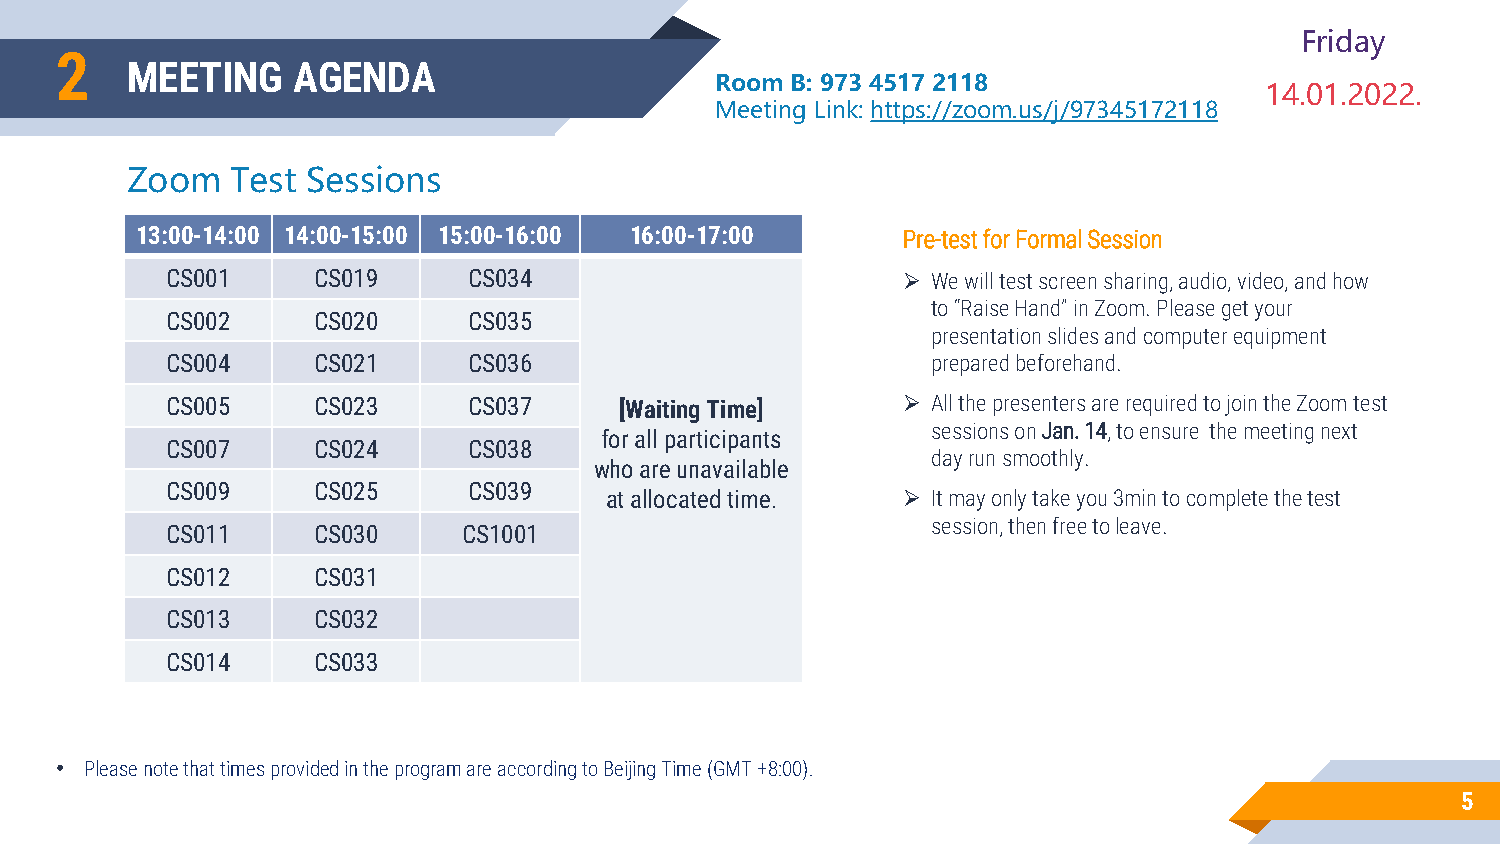
Friday
 2
 MEETING    AGENDA
 Room B: 973 4517 2118
 14.01.2022.
 Meeting Link: https://zoom.us/j/97345172118
 Zoom   Test Sessions
 13:00-14:00 14:00-15:00 15:00-16:00 16:00-17:00    Pre-test for Formal Session
 CS001     CS019     CS034                        ➢ We will test screen sharing, audio, video, and how
 to “Raise Hand” in Zoom. Please get your
 CS002     CS020     CS035
 presentation slides and computer equipment
 CS004     CS021     CS036                          prepared beforehand.
 CS005     CS023     CS037     [Waiting Time]     ➢ All the presenters are required to join the Zoom test
 sessions on Jan. 14, to ensure the meeting next
 for all participants
 CS007     CS024     CS038
 dayrun smoothly.
 who are unavailable
 CS009     CS025     CS039    at allocated time.  ➢ It may only take you 3min to complete the test
 session, then free to leave.
 CS011     CS030     CS1001
 CS012     CS031
 CS013     CS032
 CS014     CS033
 • Please note that times provided in the program are according to Beijing Time (GMT +8:00).
 5